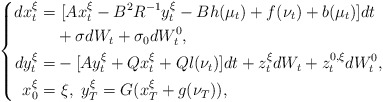
\begin{align*}\left\{\begin{aligned}dx_t^{\xi}=&~[Ax_t^{\xi}-B^2R^{-1}y_t^{\xi}-Bh(\mu_t)+f(\nu_t)+b(\mu_t)]dt\\&+\sigma dW_t+\sigma_0dW^0_t,\\dy_t^{\xi}=&-[Ay_t^{\xi}+Qx_t^{\xi}+Ql(\nu_t)]dt+z_t^{\xi}dW_t+z^{0,\xi}_tdW^0_t,\\x_0^{\xi}=&~\xi,~y_T^{\xi}=G(x_T^\xi+g(\nu_T)),\end{aligned}\right.\end{align*}